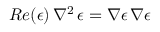
R e ( \epsilon ) \, \nabla ^ { 2 } \, \epsilon = \nabla \epsilon \, \nabla \epsilon